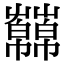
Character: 𧂥